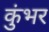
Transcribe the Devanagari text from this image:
कुंभर